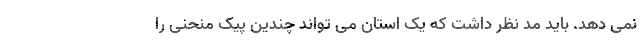
نمی دهد. باید مد نظر داشت که یک استان می تواند چندین پیک منحنی را